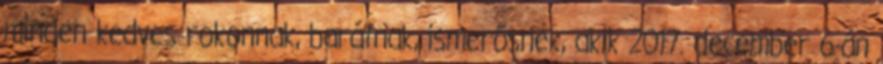
minden kedves rokonnak, barátnak, ismerősnek, akik 2017. december 6-án